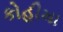
કોહીમા